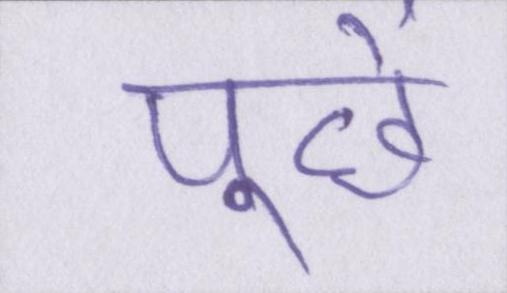
पूछें